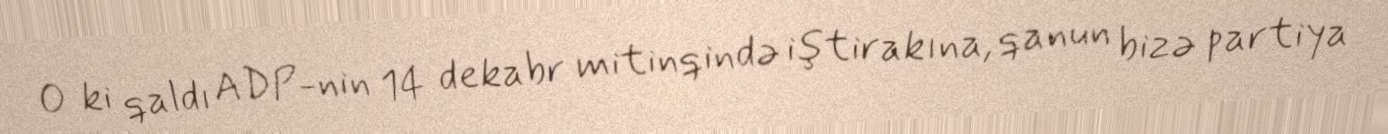
O ki qaldı ADP-nin 14 dekabr mitinqində iştirakına, qanun bizə partiya